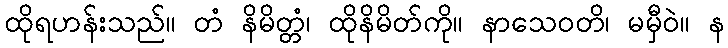
ထိုရဟန်းသည်။ တံ နိမိတ္တံ၊ ထိုနိမိတ်ကို။ နာသေဝတိ၊ မမှီဝဲ။ န